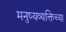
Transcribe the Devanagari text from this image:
मनुष्यव्यक्तिच्या